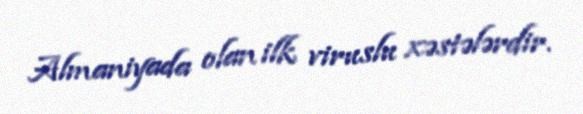
Almaniyada olan ilk viruslu xəstələrdir.